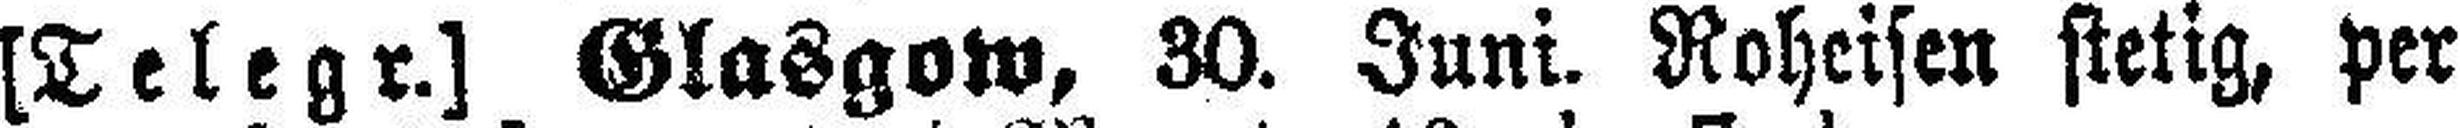
(Telegr.) Glasgow, 30. Juni. Roheisen stetig, per